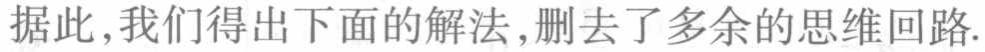
据此，我们得出下面的解法，删去了多余的思维回路.